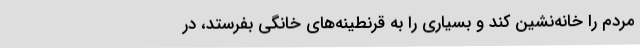
مردم را خانه‌نشین کند و بسیاری را به قرنطینه‌های خانگی بفرستد، در